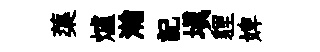
蕖爐瀚記塡貍婢